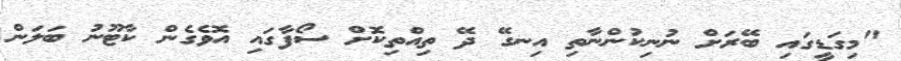
"މިގަޑީގައި ބޭރަށް ނުނިކުންނާތި އިނގޭ ދޭ ތިއްތިކޮށް ސޯފާގައި އޮވެގެން ކާޓޫނު ބަލަން